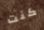
كنت